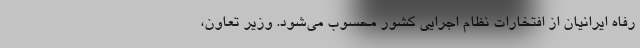
رفاه ایرانیان از افتخارات نظام اجرایی کشور محسوب می‌شود. وزیر تعاون،